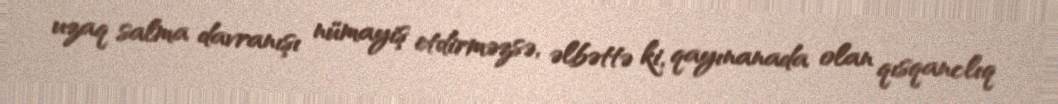
uzaq salma davranışı nümayiş etdirməzsə, əlbəttə ki, qayınanada olan qısqanclıq